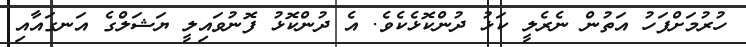
ހުރުމަށްފަހު އަތުން ނެރެލީ ކަޅު ދުންކޮޅެކެވެ. އެ ދުންކޮޅު ފޮނުވައިލީ ޔަޝަލްގެ އަނގައާއި